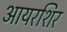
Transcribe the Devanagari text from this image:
आयरशिर